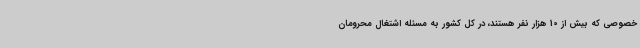
خصوصی که بیش از 10 هزار نفر هستند، در کل کشور به مسئله اشتغال محرومان